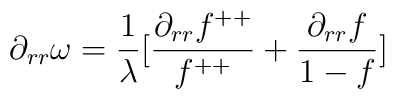
\partial_{rr}\omega=\frac{1}{\lambda}[\frac{\partial_{rr}f^{++}}{f^{++}}+\frac{\partial_{rr}f}{1-f}]